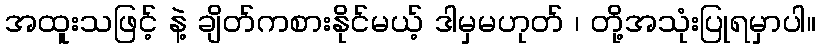
အထူးသဖြင့် နဲ့ ချိတ်ကစားနိုင်မယ့် ဒါမှမဟုတ် ၊ တို့အသုံးပြုရမှာပါ။